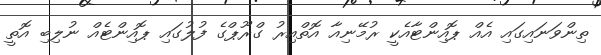
ތިންވަނައިގައި އެއް ޕޮއިންޓާއެކީ ރުމޭނިއާ އޮތްއިރު ގްރޫޕްގެ ފުލުގައި ޕޮއިންޓެއް ނުލިބި އޮތީ